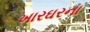
ખારઘરના